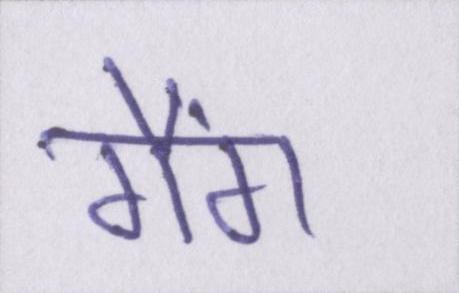
गैंग